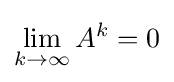
\lim _{k\to \infty }A^{k}=0